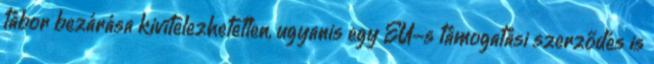
tábor bezárása kivitelezhetetlen, ugyanis egy EU-s támogatási szerződés is